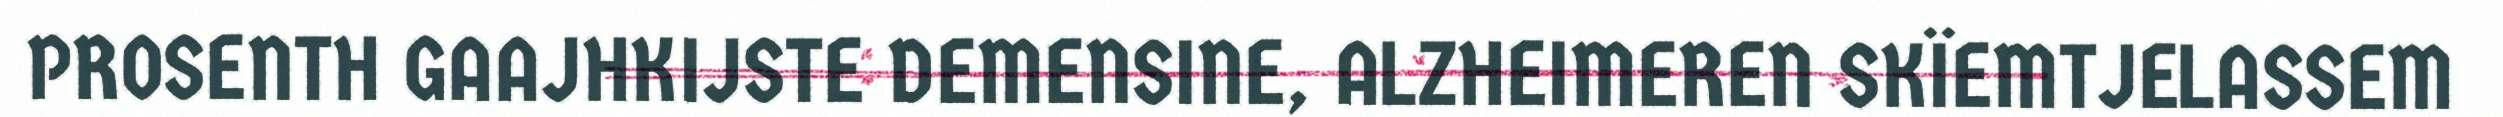
PROSENTH GAAJHKIJSTE DEMENSINE, ALZHEIMEREN SKÏEMTJELASSEM